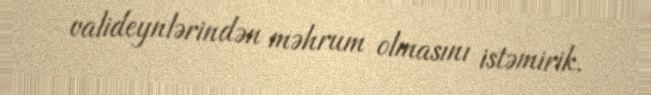
valideynlərindən məhrum olmasını istəmirik.